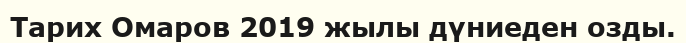
Тарих Омаров 2019 жылы дүниеден озды.